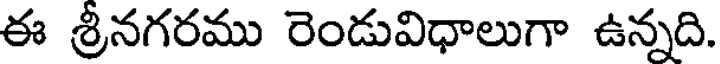
ఈ శ్రీనగరము రెండువిధాలుగా ఉన్నది.